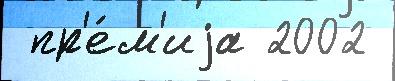
 пр'е́м'иjа 2002